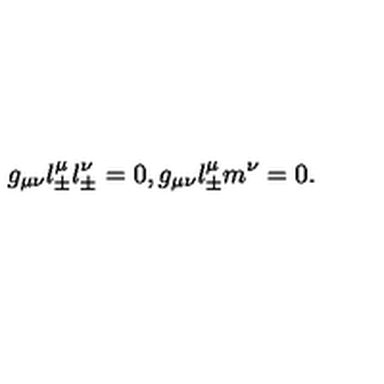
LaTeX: g _ { \mu \nu } l _ { \pm } ^ { \mu } l _ { \pm } ^ { \nu } = 0 , g _ { \mu \nu } l _ { \pm } ^ { \mu } m ^ { \nu } = 0 .